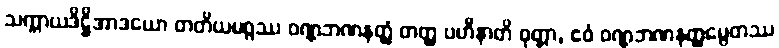
သက္ကာယဒိဋ္ဌိအာဒယော တတိယမဂ္ဂဿ ဝဏ္ဏဘဏနတ္ထံ တတ္ထ ပဟီနာတိ ဝုတ္တာ, ဧဝံ ဝဏ္ဏဘဏနတ္ထမ္ပေတဿ